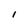
Character: I